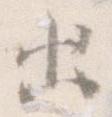
出